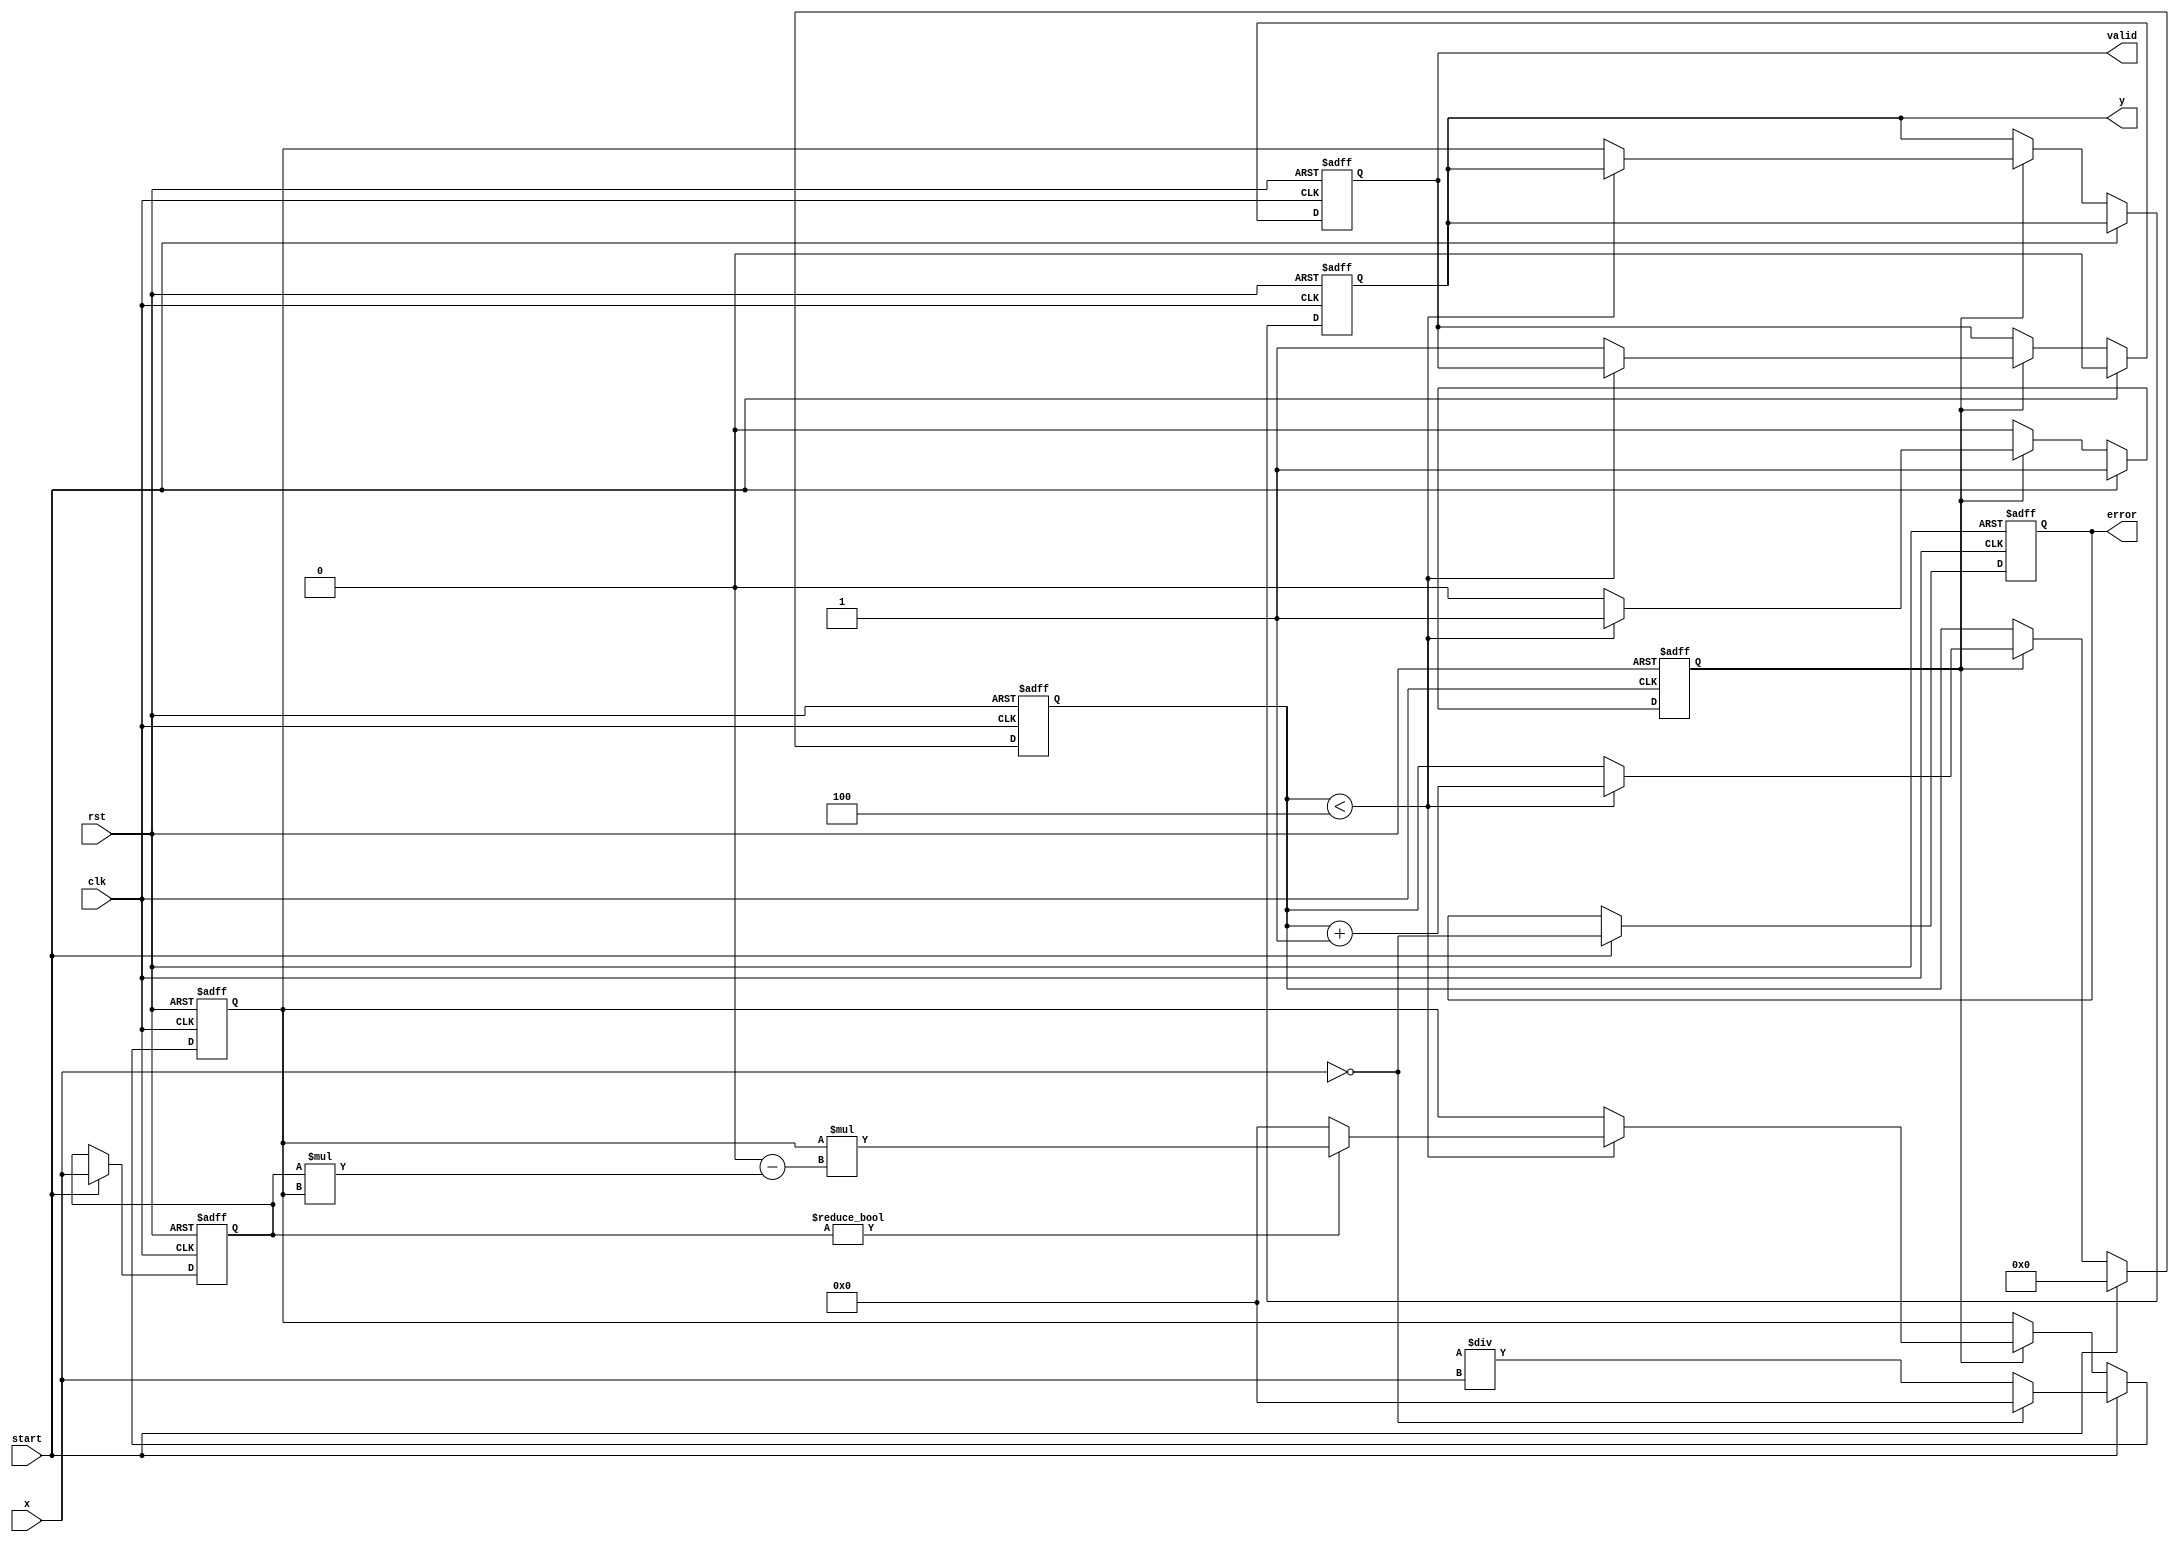
module ReciprocalUnit #(
    parameter N = 32, // Width of input and output
    parameter ITERATIONS = 4 // Number of Newton-Raphson iterations
)(
    input wire clk,
    input wire rst,
    input wire start,
    input wire [N-1:0] x, // Input data
    output reg [N-1:0] y, // Reciprocal result
    output reg valid, // Output valid signal
    output reg error // Error signal
);

    reg [N-1:0] x_reg;
    reg [N-1:0] approx; // Current approximation
    reg [N-1:0] next_approx; // Next approximation
    reg [3:0] iteration_count; // Iteration counter
    reg computing; // Flag to indicate computation in progress

    // Initial approximation based on a simple LUT (for demonstration)
    function [N-1:0] initial_guess;
        input [N-1:0] x;
        begin
            if (x == 0) begin
                initial_guess = 0; // Handle division by zero
            end else begin
                initial_guess = (1 << N) / x; // Simple initial guess
            end
        end
    endfunction

    // Newton-Raphson iteration for reciprocal
    always @(*) begin
        if (x_reg != 0) begin
            next_approx = approx * (2**N - x_reg * approx); // Newton-Raphson formula
        end else begin
            next_approx = 0; // Handle division by zero
        end
    end

    // State machine for computation
    always @(posedge clk or posedge rst) begin
        if (rst) begin
            y <= 0;
            valid <= 0;
            error <= 0;
            iteration_count <= 0;
            computing <= 0;
            x_reg <= 0;
            approx <= 0;
        end else begin
            if (start) begin
                x_reg <= x;
                approx <= initial_guess(x);
                iteration_count <= 0;
                computing <= 1;
                valid <= 0;
                error <= (x == 0);
            end else if (computing) begin
                if (iteration_count < ITERATIONS) begin
                    approx <= next_approx;
                    iteration_count <= iteration_count + 1;
                end else begin
                    y <= approx; // Final result
                    valid <= 1; // Output is valid
                    computing <= 0; // End computation
                end
            end
        end
    end

endmodule